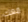
معك